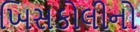
ખિસકોલીનો